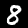
Digit: 8